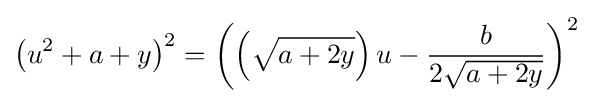
\left(u^{2}+a+y\right)^{2}=\left(\left({\sqrt {a+2y}}\right)u-{b \over 2{\sqrt {a+2y}}}\right)^{2}